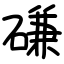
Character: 磏